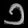
Digit: ၁